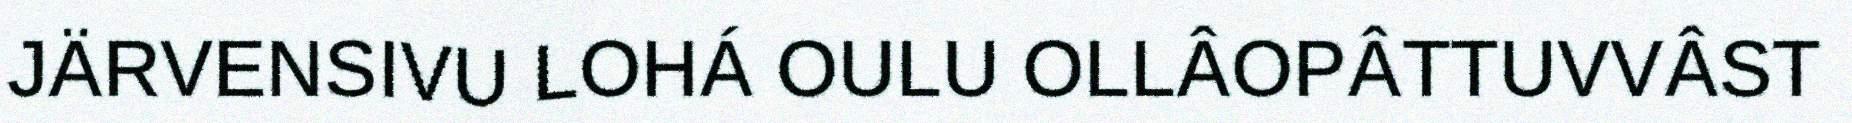
JÄRVENSIVU LOHÁ OULU OLLÂOPÂTTUVVÂST